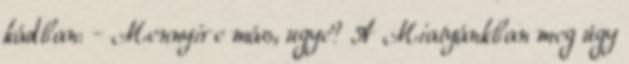
kádban: - Mennyire más, ugye? A Miatyánkban meg úgy